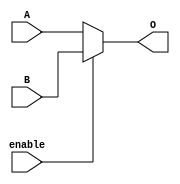
module mux_2_to_1_1(
    input A,B,
    input enable,
    output reg O
);
    always @* begin
        if (enable) O <= B;
        else O <= A;
    end
endmodule